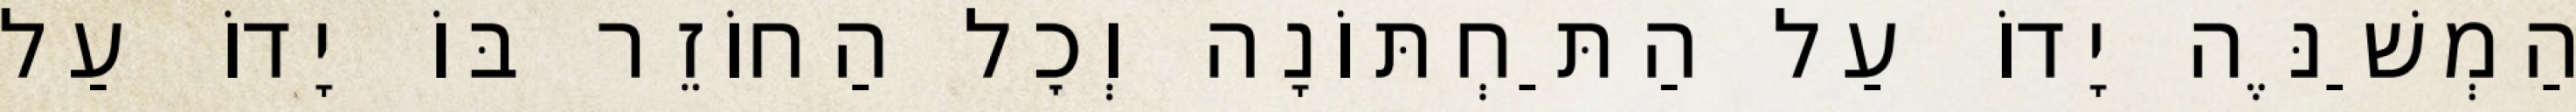
הַמְשַׁנֶּה יָדוֹ עַל הַתַּחְתּוֹנָה וְכׇל הַחוֹזֵר בּוֹ יָדוֹ עַל